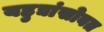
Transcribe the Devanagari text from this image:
यहुद्यांसोबत